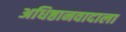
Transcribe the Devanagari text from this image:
अधिष्ठानवादाला